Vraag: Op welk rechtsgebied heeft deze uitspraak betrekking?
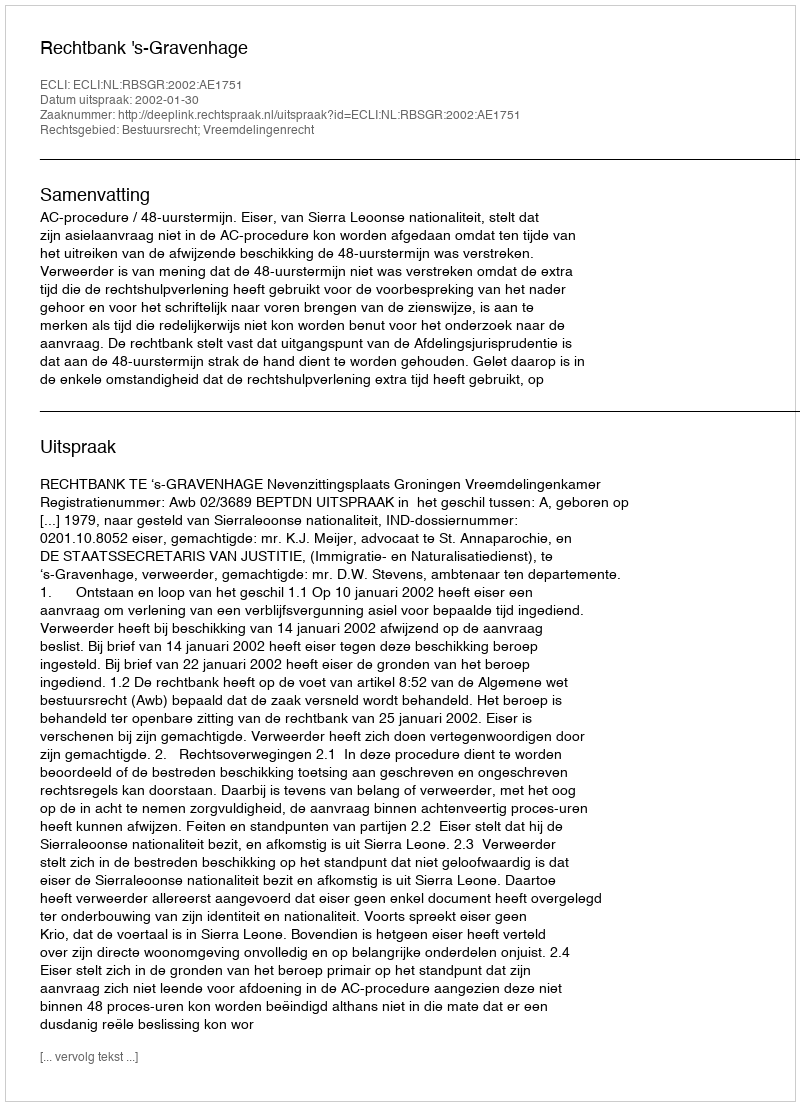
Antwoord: Bestuursrecht; Vreemdelingenrecht